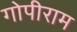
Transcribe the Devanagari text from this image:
गोपीराम